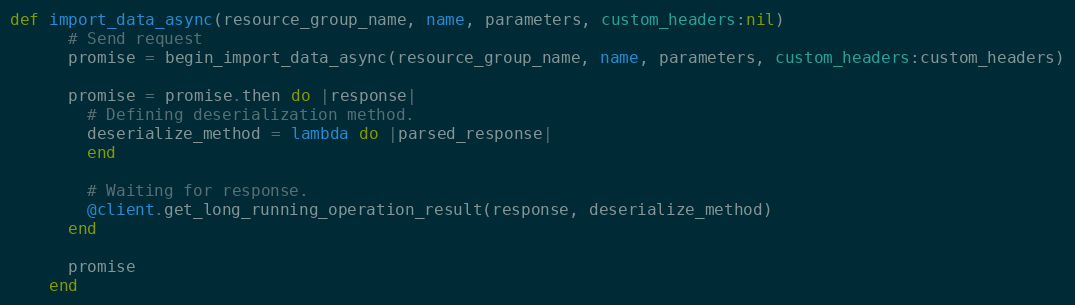
Language: Ruby
def import_data_async(resource_group_name, name, parameters, custom_headers:nil)
      # Send request
      promise = begin_import_data_async(resource_group_name, name, parameters, custom_headers:custom_headers)

      promise = promise.then do |response|
        # Defining deserialization method.
        deserialize_method = lambda do |parsed_response|
        end

        # Waiting for response.
        @client.get_long_running_operation_result(response, deserialize_method)
      end

      promise
    end